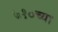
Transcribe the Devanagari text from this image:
७१०च्या